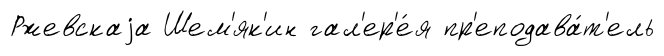
Ржевскаjа Шем'як'ин гал'ер'е́я пр'еподава́т'ель